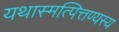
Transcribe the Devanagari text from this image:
यथास्मत्पित्तण्यस्य